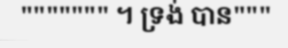
""""""" ។ ទ្រង់ បាន"""